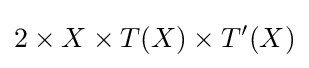
2\times X\times T(X)\times T'(X)